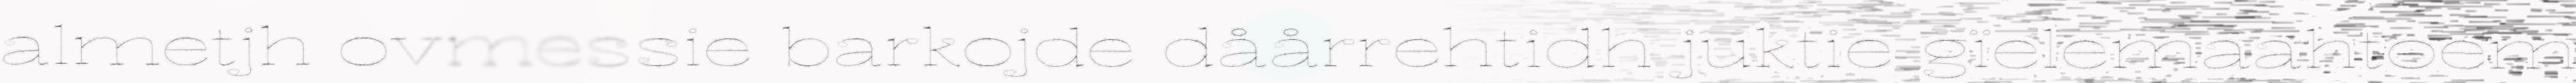
almetjh ovmessie barkojde dåårrehtidh juktie gïelemaahtoem